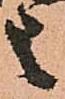
之